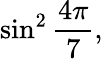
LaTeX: \sin^{2}{\frac{4\pi}{7}},